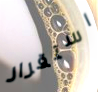
استقرار